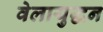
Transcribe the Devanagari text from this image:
वेलायुद्धन